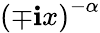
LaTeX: \left(\mp\mathbf{i}x\right)^{-\alpha}